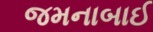
જમનાબાઈ